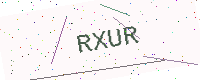
Text: RXUR